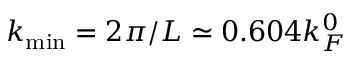
k _ { \mathrm { m i n } } = 2 \pi / L \simeq 0 . 6 0 4 k _ { F } ^ { 0 }